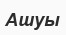
Ашуы